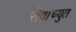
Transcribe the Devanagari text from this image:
सेवाच्युत